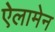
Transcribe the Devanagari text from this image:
ऐलामेन